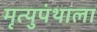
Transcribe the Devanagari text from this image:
मृत्युपंथाला